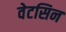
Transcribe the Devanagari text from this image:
वेटसिन